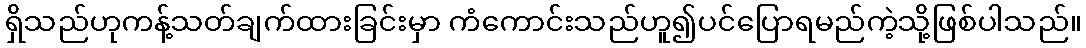
ရှိသည်ဟုကန့်သတ်ချက်ထားခြင်းမှာ ကံကောင်းသည်ဟူ၍ပင်ပြောရမည်ကဲ့သို့ဖြစ်ပါသည်။